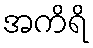
အကိရိ